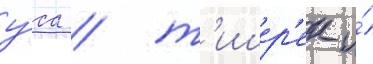
у́са / т'ишер'ек и́